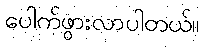
ပေါက်ဖွားလာပါတယ်။